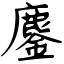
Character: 鏖